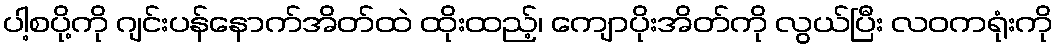
ပါ့စပို့ကို ဂျင်းပန်နောက်အိတ်ထဲ ထိုးထည့်၊ ကျောပိုးအိတ်ကို လွယ်ပြီး လဝကရုံးကို